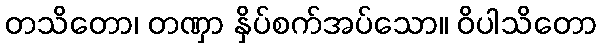
တသိတော၊ တဏှာ နှိပ်စက်အပ်သော။ ဝိပါသိတော